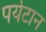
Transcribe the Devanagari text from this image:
पर्यटान